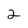
Character: 2